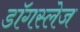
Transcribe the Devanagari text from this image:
डॉगस्लेज